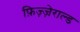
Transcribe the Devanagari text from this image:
फ़िज़्ज़ेराल्ड